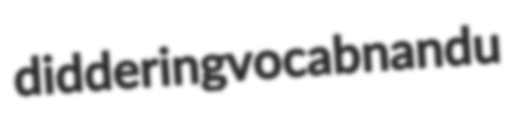
diddering vocab nandu